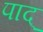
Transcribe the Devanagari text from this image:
पाद्